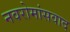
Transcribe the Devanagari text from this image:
नवरोमांसवाद